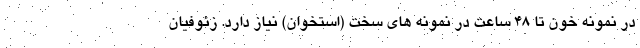
در نمونه خون تا ۴۸ ساعت در نمونه های سخت (استخوان) نیاز دارد. زئوفیان